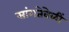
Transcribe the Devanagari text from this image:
सांगतेवेळीं